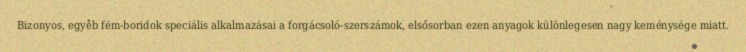
Bizonyos, egyéb fém-boridok speciális alkalmazásai a forgácsoló-szerszámok, elsősorban ezen anyagok különlegesen nagy keménysége miatt.